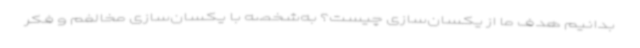
بدانیم هدف ما از یکسان‌سازی چیست؟ به‌شخصه با یکسان‌سازی مخالفم و فکر